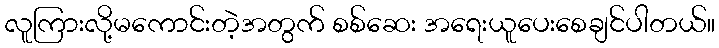
လူကြားလို့မကောင်းတဲ့အတွက် စစ်ဆေး အရေးယူပေးစေချင်ပါတယ်။